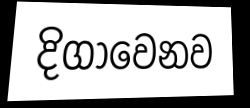
දිගාවෙනව